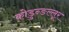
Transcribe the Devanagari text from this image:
कोडुन्ङल्लूर